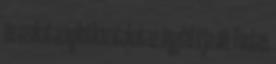
és azokat a nyilatkozatokat az ügyfél írja alá. Fontos